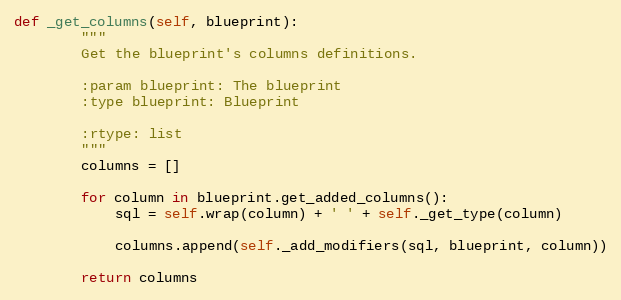
Language: Python
def _get_columns(self, blueprint):
        """
        Get the blueprint's columns definitions.

        :param blueprint: The blueprint
        :type blueprint: Blueprint

        :rtype: list
        """
        columns = []

        for column in blueprint.get_added_columns():
            sql = self.wrap(column) + ' ' + self._get_type(column)

            columns.append(self._add_modifiers(sql, blueprint, column))

        return columns